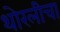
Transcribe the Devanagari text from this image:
थोरलीचा